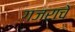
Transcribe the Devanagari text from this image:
गजराचे